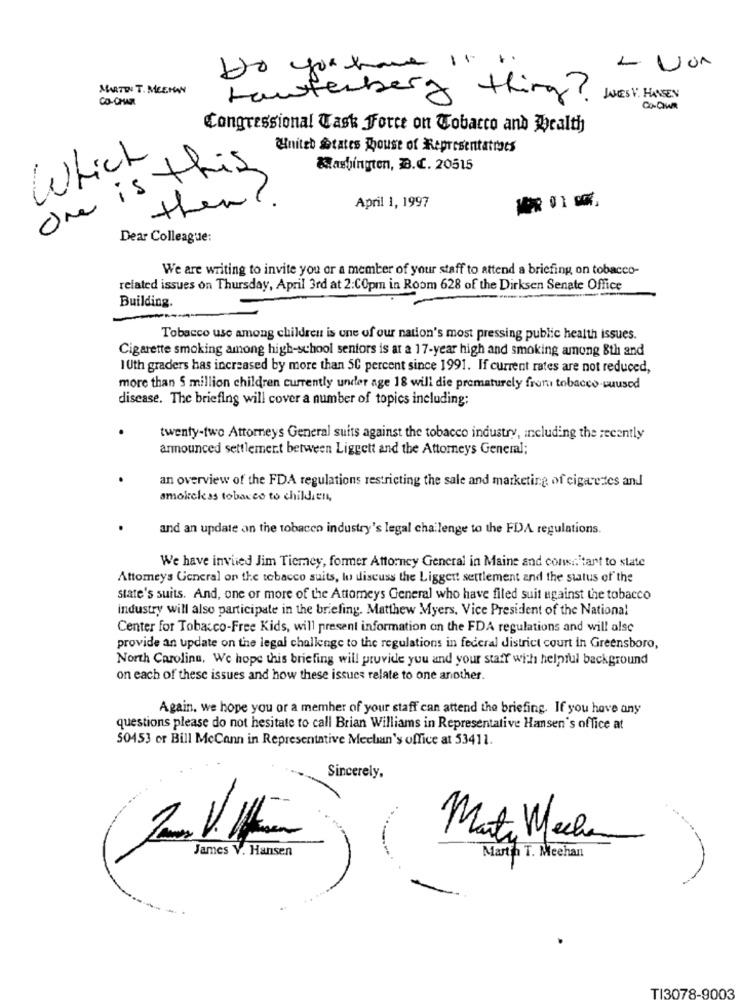
Do you have it ".
MARTEN T. MEERN
CO-CHAR
Laufenberg thing?
LES V. HANSEN
Congressional Task Force on Tobacco and Wealth
WHniteb States Mouse of Representatraes
Which
s this
Washington, B.C. 20515
One is
them ?
April 1, 1997
Dear Colleague:
We are writing to invite you or a member of your staff to attend a briefing on tobacco-
related issues on Thursday, April 3rd at 2:COpm in Room 628 of the Dirksen Senate Office
Building.
Tobacco use among children is une of our nation's most pressing public health issues.
Cigarette smoking among high-school seniors is at a 17-year high and smoking among 8th and
10th graders has increased by more than 50 percent since 1991. If current rates are not reduced,
more than 5 million children currently under age 18 will die prematurely from tobacco vuused
disease. The briefing will cover a number of topics including:
twenty-two Attorneys General suits against the tobacco industry, including the recently
announced settlement between Liggett and the Attorneys General;
an overview of the FDA regulations restricting the sale and marketing of cigarettes and
smokeless tobacco to children,
and an update on the tobacco industry's legal challenge to the FDA regulations.
We have inviied Jim Ticmey, former Attorney General in Maine and cons .. tart to state
Attomeys General on the tobacco suits, lo discuss the Ligger! settlement and the status of the
state's suits. And, one or more of the Attomeys General who have filed suit against the tobacco
industry will also participate in the briefing. Matthew Myers, Vice President of the National
Center for Tobacco-Free Kids, will present information on the FDA regulations and will also
provide an update on the legal challenge to the regulations in federal district court in Greensboro,
North Carolina, We hope this briefing will provide you and your staff with helpful background
on each of these issues and how these issues relate to one another.
Again. we hope you or a member of your staff can attend the briefing. If you have any
questions please do not hesitate to call Brian Williams in Representative Hansen's office at
50453 or Bill McCann in Representative Mechan's office at 53411.
Sincerely,
Marta Mecha
James V. Hansen
Martin T. Meehan
-
TI3078-9003